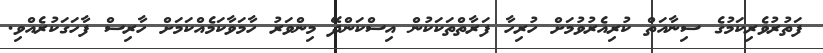
ފަތުރުވެރިކަމުގެ ސިނާއަތް ކުރިއެރުވުމަށް ހުރިހާ ފަރާތްތަކަކުން އިސްކަންދޭ މިންވަރު ހާމަވާކަމެއްކަމަށް ހާރިސް ފާހަގަކުރެއްވި.